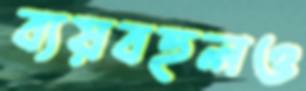
ব্যয়বহুলও